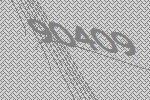
90409